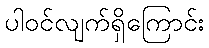
ပါဝင်လျက်ရှိကြောင်း